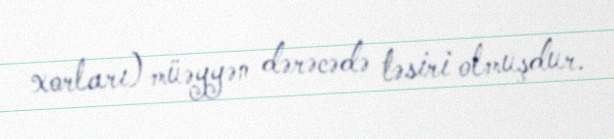
xorları) müəyyən dərəcədə təsiri olmuşdur.